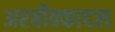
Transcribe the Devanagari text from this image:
अरबीक्कादल